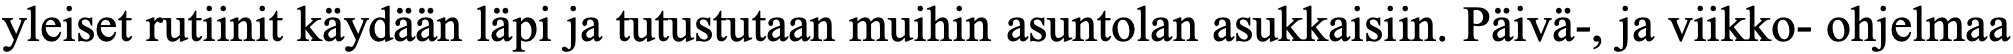
yleiset rutiinit käydään läpi ja tutustutaan muihin asuntolan asukkaisiin. Päivä-, ja viikko- ohjelmaa